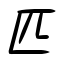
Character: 匹